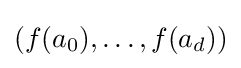
(f(a_{0}),\ldots ,f(a_{d}))